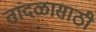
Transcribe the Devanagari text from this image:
तांदळासाठी